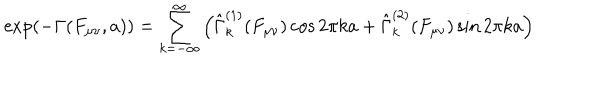
LaTeX: \exp \left( - \Gamma ( F _ { \mu \nu } , a ) \right) = \sum _ { k = - \infty } ^ { \infty } \left( \hat { \Gamma } _ { k } ^ { ( 1 ) } ( F _ { \mu \nu } ) \cos 2 \pi k a + \hat { \Gamma } _ { k } ^ { ( 2 ) } ( F _ { \mu \nu } ) \sin 2 \pi k a \right)